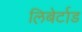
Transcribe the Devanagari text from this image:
लिबेर्टाड